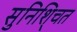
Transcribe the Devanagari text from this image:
सुनिशि्चत